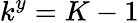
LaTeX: k^{y}=K-1